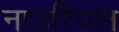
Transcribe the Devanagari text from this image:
नाउरियल